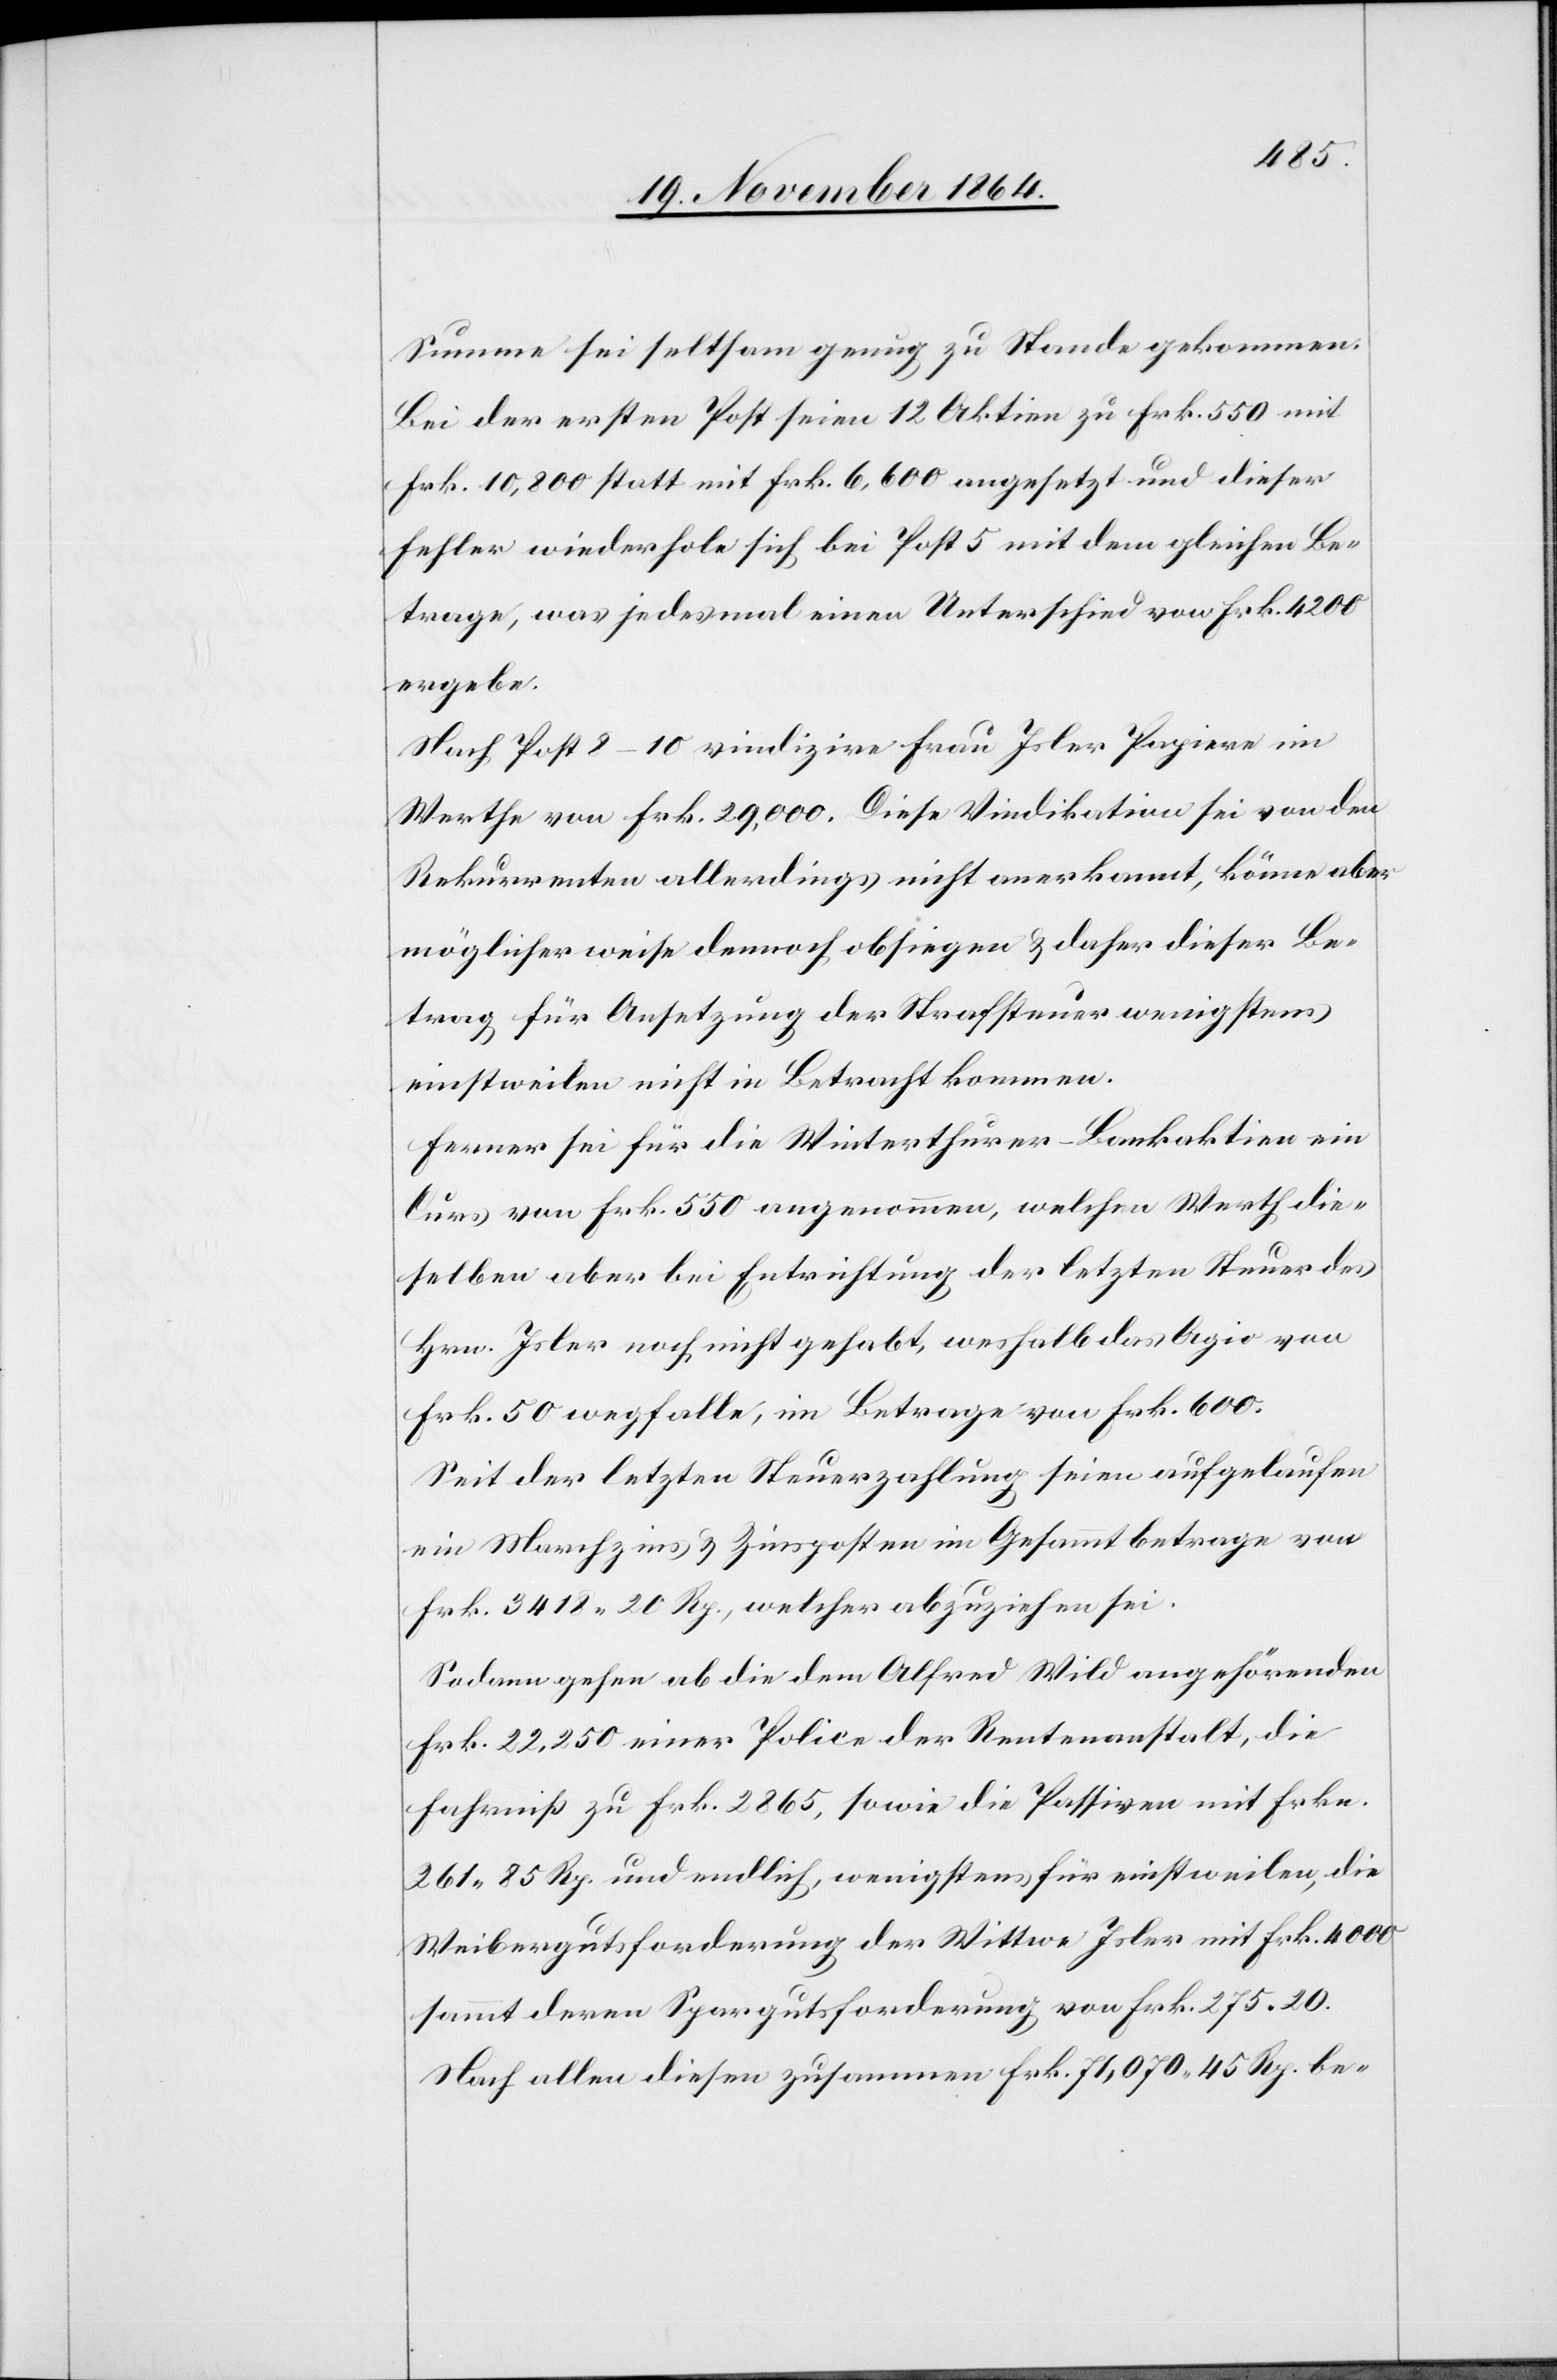
Summe sei seltsam genug zu Stande gekommen.
Bei der ersten Post seien 12 Aktiven zu Frk. 550 mit
Frk. 10,800 statt mit Frk. 6,600 angesetzt und dieser
Fehler wiederhole sich bei Post 5 mit dem gleichen Be¬
trage, was jedesmal einen Unterschied von Frk. 4200
ergebe.
Nach Post 8–10 vindizire Frau Isler Papiere im
Werthe von Frk. 29,000. Diese Vindikation sei von den
Rekurrenten allerdings nicht anerkannt, könne aber
möglicherweise dennoch obliegen & daher dieser Be¬
trag für Ansetzung der Strafsteuer wenigstens
einstweilen nicht in Betracht kommen.
Ferner sei für die Winterthurer-Bankaktien ein
Curs von Frk. 550 angenommen, welcher Werth die¬
selben aber bei Entrichtung der letzten Steuer des
Hrn. Isler noch nicht gehabt, weshalb das Agio von
Frk. 50 wegfalle, im Betrage von Frk. 600.
Seit der letzten Steuerzahlung seien aufgelaufen
ein Marchzins & Zinsposten im Gesammtbetrage von
Frk. 3418.20 Rp., welcher abzuziehen sei.
Sodann gehen ab die dem Alfred Wild angehörenden
Frk. 22,250 einer Police der Rentenanstalt, die
Fahrniß zu Frk. 2865, sowie die Passiven mit Frkn.
261.85 Rp. und endlich, wenigstens für einstweilen, die
Weibergutsforderung der Wittwe Isler mit Frk. 4000
sammt deren Spargutsforderung von Frk. 275.20.
Nach allen diesen zusammen Frk. 71,070.45 Rp be-